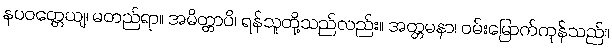
နပဝတ္တေယျ၊ မတည်ရာ။ အမိတ္တာပိ၊ ရန်သူတို့သည်လည်း။ အတ္တမနာ၊ ဝမ်းမြောက်ကုန်သည်။